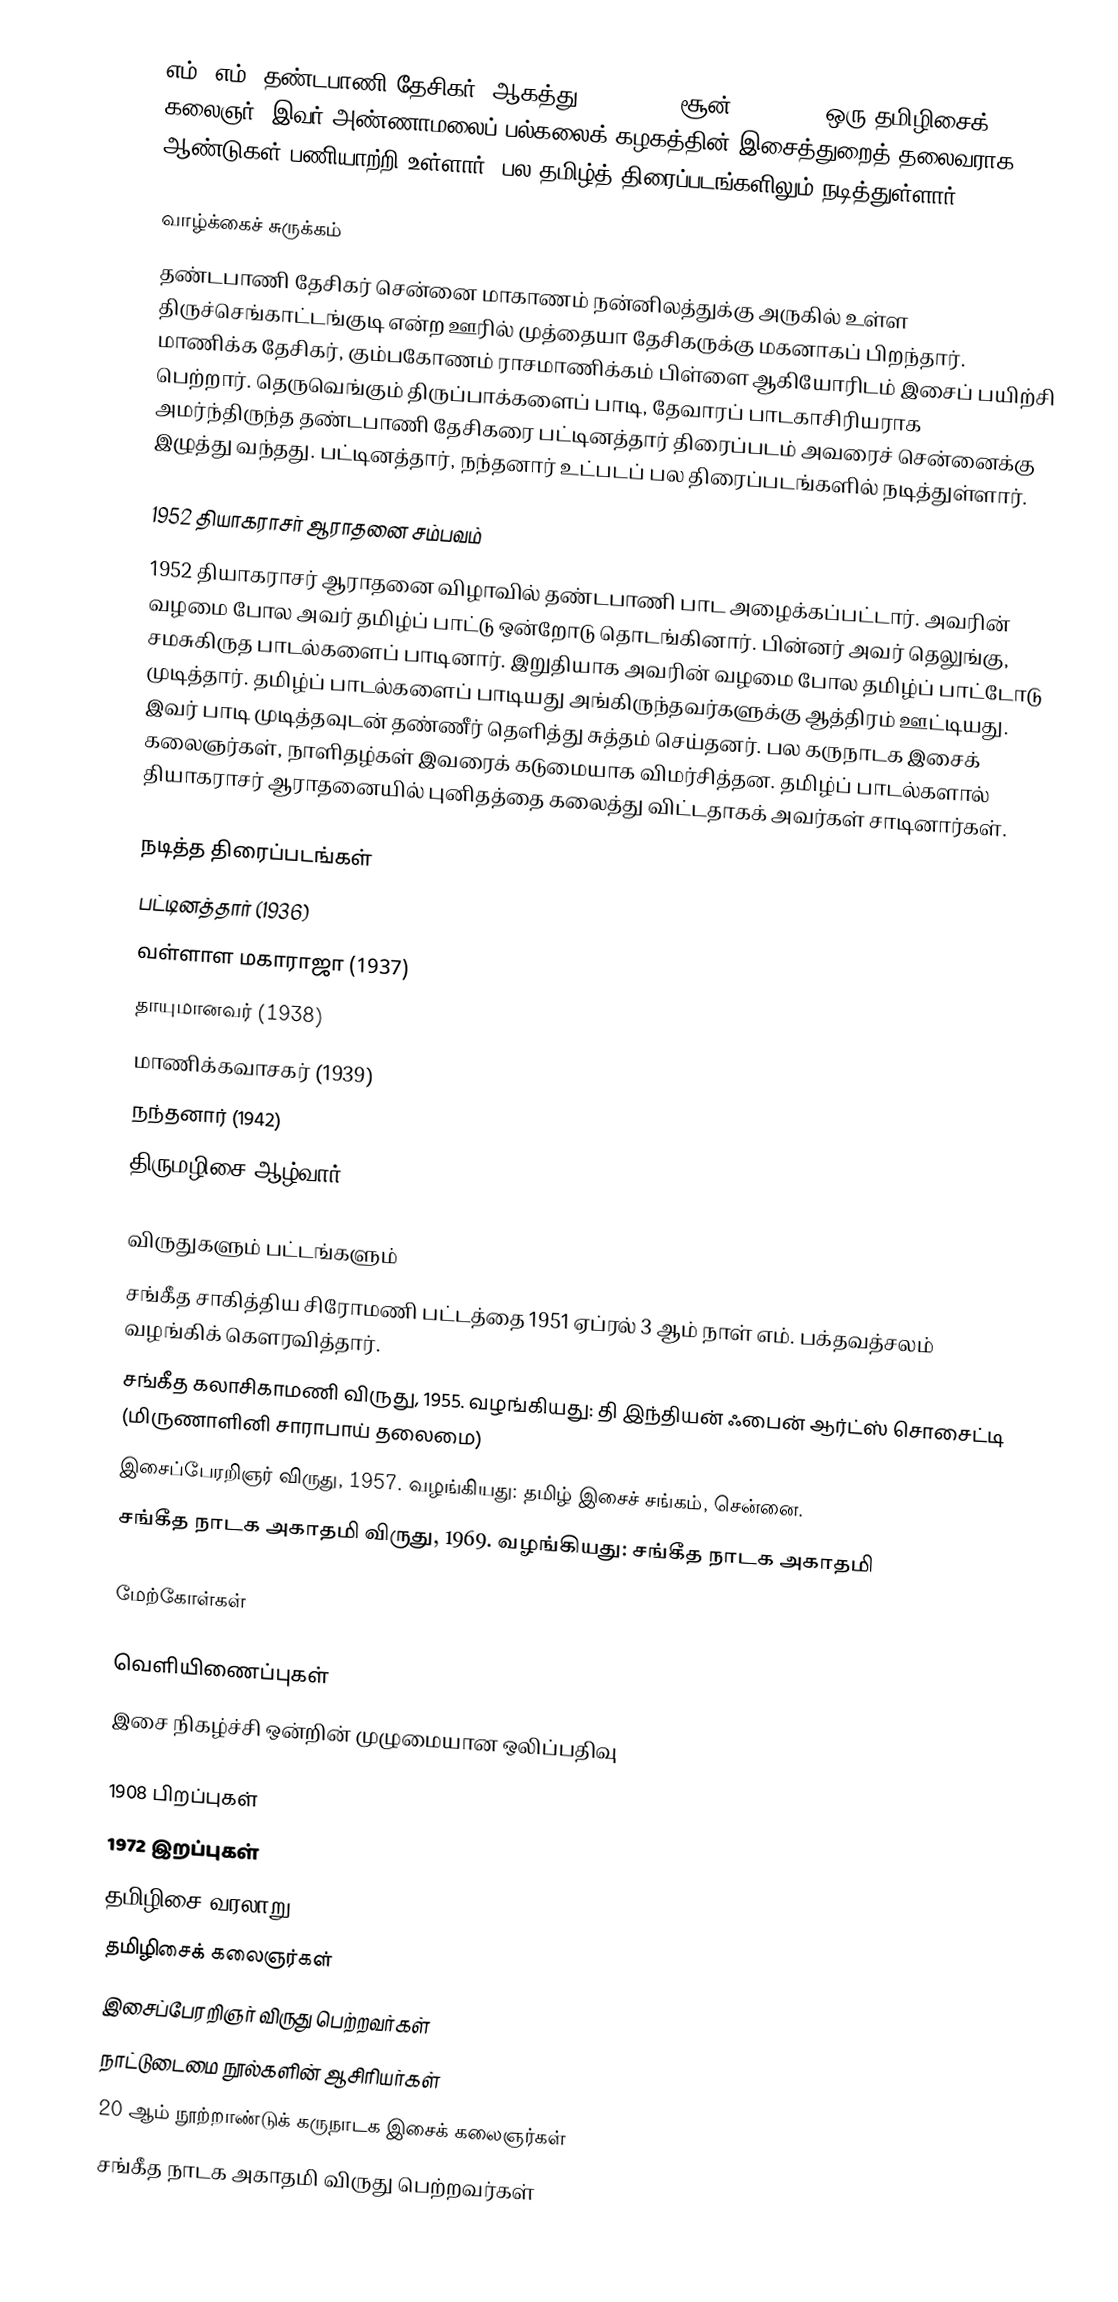
எம். எம். தண்டபாணி தேசிகர் (ஆகத்து 27, 1908 - சூன் 26, 1972) ஒரு தமிழிசைக் கலைஞர். இவர் அண்ணாமலைப் பல்கலைக் கழகத்தின் இசைத்துறைத் தலைவராக 15 ஆண்டுகள் பணியாற்றி உள்ளார். பல தமிழ்த் திரைப்படங்களிலும் நடித்துள்ளார்.

வாழ்க்கைச் சுருக்கம்
தண்டபாணி தேசிகர் சென்னை மாகாணம் நன்னிலத்துக்கு அருகில் உள்ள திருச்செங்காட்டங்குடி என்ற ஊரில் முத்தையா தேசிகருக்கு மகனாகப் பிறந்தார். மாணிக்க தேசிகர், கும்பகோணம் ராசமாணிக்கம் பிள்ளை ஆகியோரிடம் இசைப் பயிற்சி பெற்றார். தெருவெங்கும் திருப்பாக்களைப் பாடி, தேவாரப் பாடகாசிரியராக அமர்ந்திருந்த தண்டபாணி தேசிகரை பட்டினத்தார் திரைப்படம் அவரைச் சென்னைக்கு இழுத்து வந்தது. பட்டினத்தார், நந்தனார் உட்படப் பல திரைப்படங்களில் நடித்துள்ளார்.

1952 தியாகராசர் ஆராதனை சம்பவம்
1952 தியாகராசர் ஆராதனை விழாவில் தண்டபாணி பாட அழைக்கப்பட்டார். அவரின் வழமை போல அவர் தமிழ்ப் பாட்டு ஒன்றோடு தொடங்கினார். பின்னர் அவர் தெலுங்கு, சமசுகிருத பாடல்களைப் பாடினார். இறுதியாக அவரின் வழமை போல தமிழ்ப் பாட்டோடு முடித்தார். தமிழ்ப் பாடல்களைப் பாடியது அங்கிருந்தவர்களுக்கு ஆத்திரம் ஊட்டியது. இவர் பாடி முடித்தவுடன் தண்ணீர் தெளித்து சுத்தம் செய்தனர். பல கருநாடக இசைக் கலைஞர்கள், நாளிதழ்கள் இவரைக் கடுமையாக விமர்சித்தன. தமிழ்ப் பாடல்களால் தியாகராசர் ஆராதனையில் புனிதத்தை கலைத்து விட்டதாகக் அவர்கள் சாடினார்கள்.

நடித்த திரைப்படங்கள்
பட்டினத்தார் (1936)
வள்ளாள மகாராஜா (1937)
தாயுமானவர் (1938)
மாணிக்கவாசகர் (1939)
நந்தனார் (1942)
திருமழிசை ஆழ்வார் (1948)

விருதுகளும் பட்டங்களும்
 சங்கீத சாகித்திய சிரோமணி பட்டத்தை 1951 ஏப்ரல் 3 ஆம் நாள் எம். பக்தவத்சலம் வழங்கிக் கௌரவித்தார்.
 சங்கீத கலாசிகாமணி விருது, 1955. வழங்கியது: தி இந்தியன் ஃபைன் ஆர்ட்ஸ் சொசைட்டி (மிருணாளினி சாராபாய் தலைமை)
 இசைப்பேரறிஞர் விருது, 1957. வழங்கியது: தமிழ் இசைச் சங்கம், சென்னை.
 சங்கீத நாடக அகாதமி விருது, 1969. வழங்கியது: சங்கீத நாடக அகாதமி

மேற்கோள்கள்

வெளியிணைப்புகள்
 இசை நிகழ்ச்சி ஒன்றின் முழுமையான ஒலிப்பதிவு

1908 பிறப்புகள்
1972 இறப்புகள்
தமிழிசை வரலாறு
தமிழிசைக் கலைஞர்கள்
இசைப்பேரறிஞர் விருது பெற்றவர்கள்
நாட்டுடைமை நூல்களின் ஆசிரியர்கள்
20 ஆம் நூற்றாண்டுக் கருநாடக இசைக் கலைஞர்கள்
சங்கீத நாடக அகாதமி விருது பெற்றவர்கள்